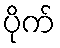
ပိုက်